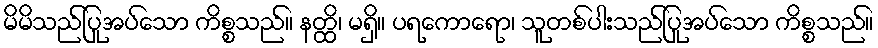
မိမိသည်ပြုအပ်သော ကိစ္စသည်။ နတ္ထိ၊ မရှိ။ ပရကောရော၊ သူတစ်ပါးသည်ပြုအပ်သော ကိစ္စသည်။